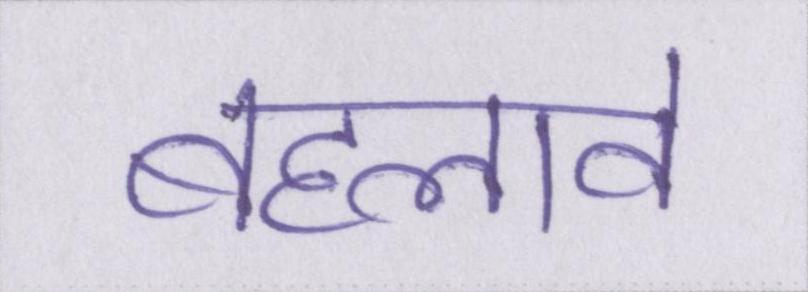
बहलावे